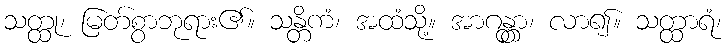
သတ္ထု၊ မြတ်စွာဘုရား၏။ သန္တိကံ၊ အထံသို့။ အာဂန္တွာ၊ လာ၍။ သတ္ထာရံ၊